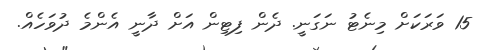
15 ވަރަކަށް މިނެޓު ނަގަނީ. ދެން ފިޓިން އަށް ދާނީ އެންމެ ދުވަހެއް.